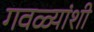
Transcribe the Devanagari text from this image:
गवळ्यांशी